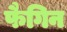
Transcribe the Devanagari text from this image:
फैगिन